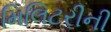
મિલિટરીની